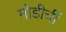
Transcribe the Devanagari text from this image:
मोडीचीं